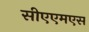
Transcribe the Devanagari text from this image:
सीएएमएस